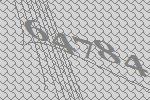
64784